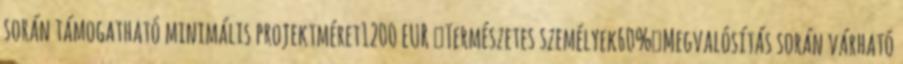
során támogatható minimális projektméret1200 EUR ▪Természetes személyek60%▪Megvalósítás során várható